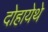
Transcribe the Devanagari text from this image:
दोहायेथे